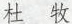
杜 牧